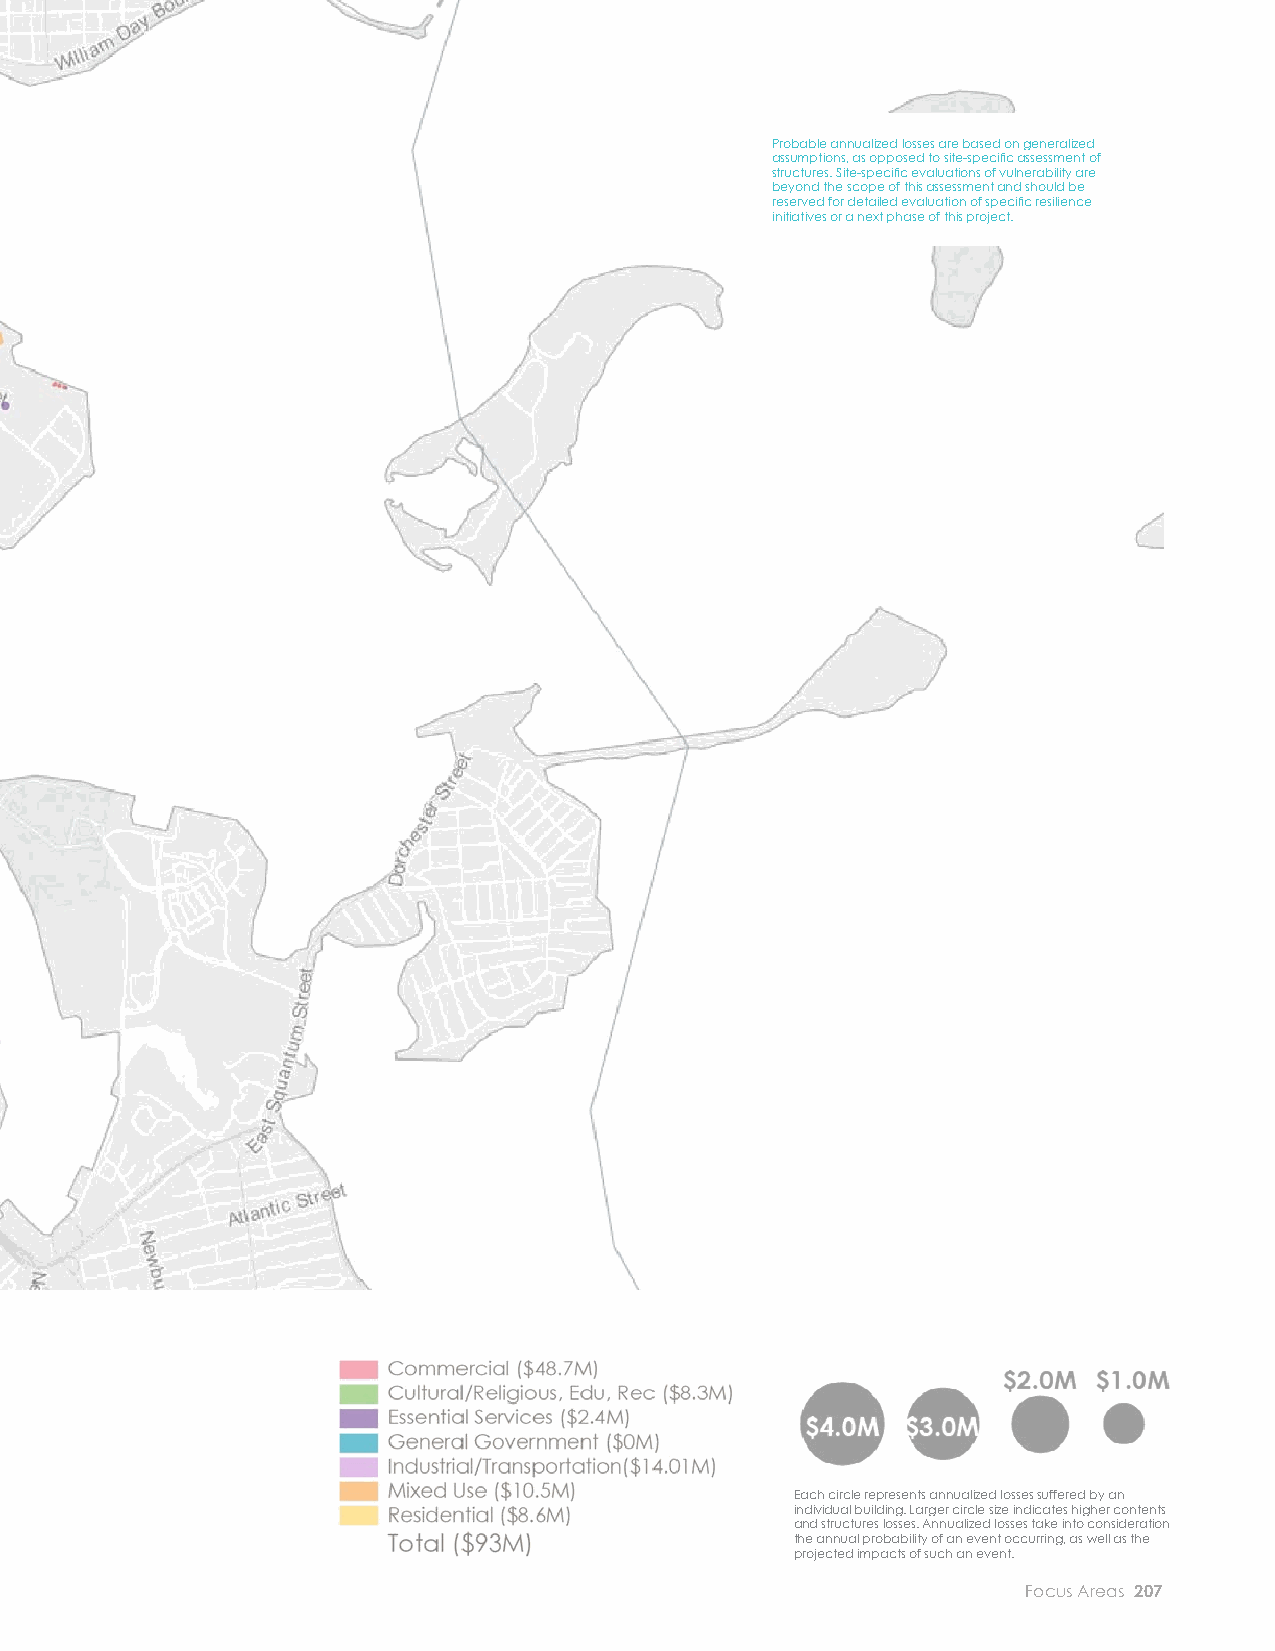
EXPECTED ANNUALIZED LOSSES TO STRUCTURES AND CONTENTS
 36 INCHES OF SEA LEVEL RISE AT 10%, 2%, 1%, 0.1% ANNUAL CHANCE COASTAL FLOOD EVENTS. Probable annualized losses are based on generalized
 assumptions, as opposed to site-specifi c assessment of
 structures. Site-specifi c evaluations of vulnerability are
 beyond the scope of this assessment and should be
 reserved for detailed evaluation of specifi c resilience
 initiatives or a next phase of this project.
 DORCHESTER ANNUALIZED LOSSES
 36 INCH SEA LEVEL RISE CONDITION
 Each circle represents annualized losses suffered by an
 individual building. Larger circle size indicates higher contents
 and structures losses. Annualized losses take into consideration
 the annual probability of an event occurring, as well as the
 projected impacts of such an event.
 206 City of Boston: Climate Ready Boston                            Focus Areas 207